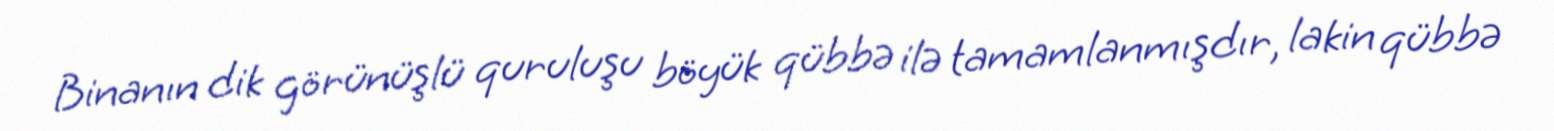
Binanın dik görünüşlü quruluşu böyük qübbə ilə tamamlanmışdır, lakin qübbə